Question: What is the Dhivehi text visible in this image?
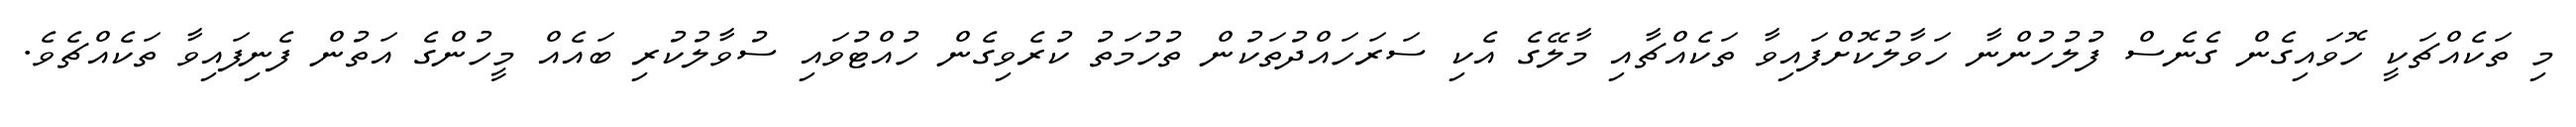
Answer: މި ތަކެއްޗަކީ ހޮވައިގެން ގެނެސް ފުލުހުންނާ ހަވާލުކޮށްފައިވާ ތަކެއްޗާއި މާލޭގެ އެކި ސަރަހައްދުތަކުން ތުހުމަތު ކުރެވިގެން ހުއްޓުވައި ސުވާލުކުރި ބައެއް މީހުންގެ އަތުން ފެނިފައިވާ ތަކެއްޗެވެ.